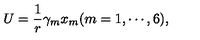
U = \frac 1 r \gamma _ { m } x _ { m } ( m = 1 , \cdots , 6 ) ,